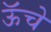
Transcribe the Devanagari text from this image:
ऊॅचे